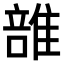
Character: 𨿦